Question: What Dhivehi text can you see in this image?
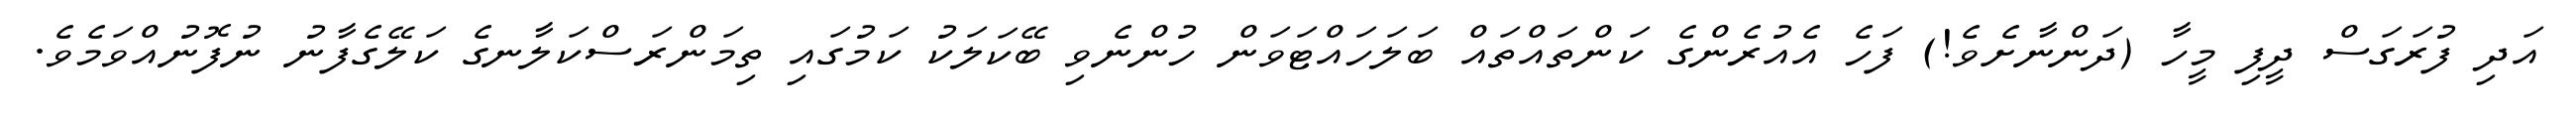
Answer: އަދި ފުރަގަސް ދީފި މީހާ (ދަންނާށެވެ!) ފަހެ އެއުރެންގެ ކަންތައްތައް ބަލަހައްޓަވަން ހުންނެވި ބޭކަލަކު ކަމުގައި ތިމަންރަސްކަލާނގެ ކަލޭގެފާނު ނުފޮނުއްވަމެވެ.